Lunatic asylums Central Provinces reports 1886-1894 - 1886-1894
Year: 1886
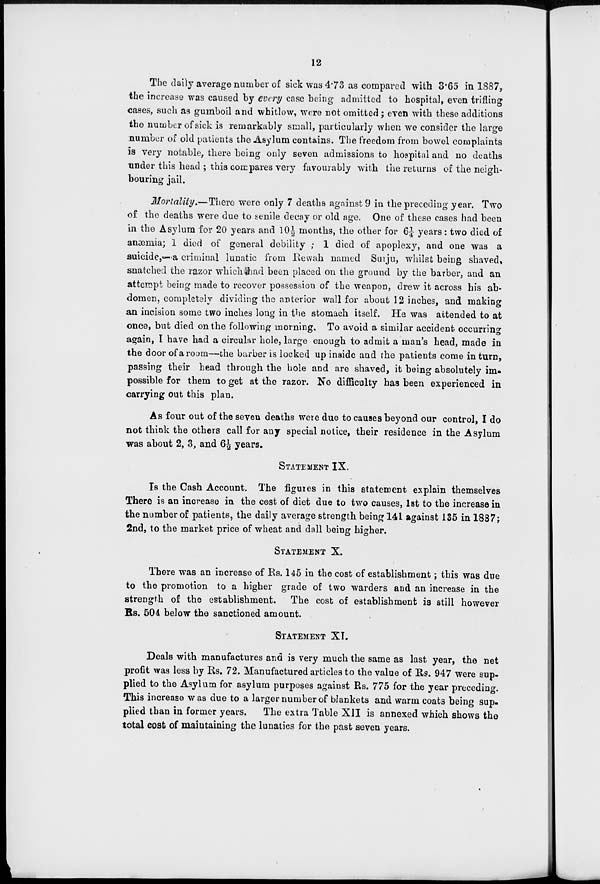
12
The daily average number of sick was 4.73 as compared with 3.65 in 1887,
the increase was caused by every case being admitted to hospital, even trifling
cases, such as gumboil and whitlow, were not omitted; even with these additions
the number of sick is remarkably small, particularly when we consider the large
number of old patients the Asylum contains. The freedom from bowel complaints
is very notable, there being only seven admissions to hospital and no deaths
under this head ; this compares very favourably with the returns of the neigh-
bouring jail.
Mortality.—There were only 7 deaths against 9 in the preceding year. Two
of the deaths were due to senile decay or old age. One of these cases had been
in the Asylum for 20 years and 10 ½ months, the other for 6¼ years: two died of
anæmia; 1 died of general debility ; 1 died of apoplexy, and one was a
suicide,—a criminal lunatic from Rewah named Surju, whilst being shaved,
snatched the razor which had been placed on the ground by the barber, and an
attempt being made to recover possession of the weapon, drew it across his ab-
domen, completely dividing the anterior wall for about 12 inches, and making
an incision some two inches long in the stomach itself. He was attended to at
once, but died on the following morning. To avoid a similar accident occurring
again, I have had a circular hole, large enough to admit a man's head, made in
the door of a room—the barber is locked up inside and the patients come in turn,
passing their head through the hole and are shaved, it being absolutely im-
possible for them to get at the razor. No difficulty has been experienced in
carrying out this plan.
As four out of the seven deaths were due to causes beyond our control, I do
not think the others call for any special notice, their residence in the Asylum
was about 2, 3, and 6½ years.
STATEMENT IX.
Is the Cash Account. The figures in this statement explain themselves
There is an increase in the cost of diet due to two causes, 1st to the increase in
the number of patients, the daily average strength being 141 against 135 in 1887;
2nd, to the market price of wheat and dall being higher.
STATEMENT X.
There was an increase of Rs. 145 in the cost of establishment ; this was due
to the promotion to a higher grade of two warders and an increase in the
strength of the establishment. The cost of establishment is still however
Rs. 504 below the sanctioned amount.
STATEMENT XI.
Deals with manufactures and is very much the same as last year, the net
profit was less by Rs. 72. Manufactured articles to the value of Rs. 947 were sup-
plied to the Asylum for asylum purposes against Rs. 775 for the year preceding.
This increase was due to a larger number of blankets and warm coats being sup-
plied than in former years.
The extra Table XII is annexed which shows the
total cost of maintaining the lunatics for the past seven years.